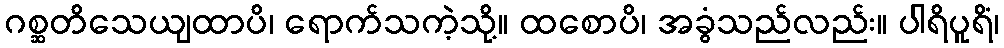
ဂစ္ဆတိသေယျထာပိ၊ ရောက်သကဲ့သို့။ ထစောပိ၊ အခွံသည်လည်း။ ပါရိပူရိံ၊